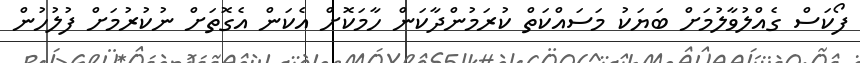
ފޯކަސް ގެއްލުވާލުމަށް ބަޔަކު މަސައްކަތް ކުރަމުންދާކަން ހާމަކޮށް އެކަން އެގޮތަށް ނުކުރުމަށް ފުލުހުން